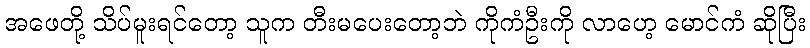
အဖေတို့ သိပ်မူးရင်တော့ သူက တီးမပေးတော့ဘဲ ကိုကံဦးကို လာဟေ့ မောင်ကံ ဆိုပြီး